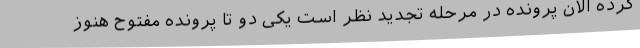
کرده الان پرونده در مرحله تجدید نظر است یکی دو تا پرونده مفتوح هنوز